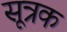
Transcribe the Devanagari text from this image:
सूत्रक